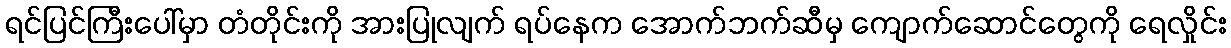
ရင်ပြင်ကြီးပေါ်မှာ တံတိုင်းကို အားပြုလျက် ရပ်နေက အောက်ဘက်ဆီမှ ကျောက်ဆောင်တွေကို ရေလှိုင်း